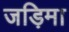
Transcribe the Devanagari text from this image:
जड़िमा